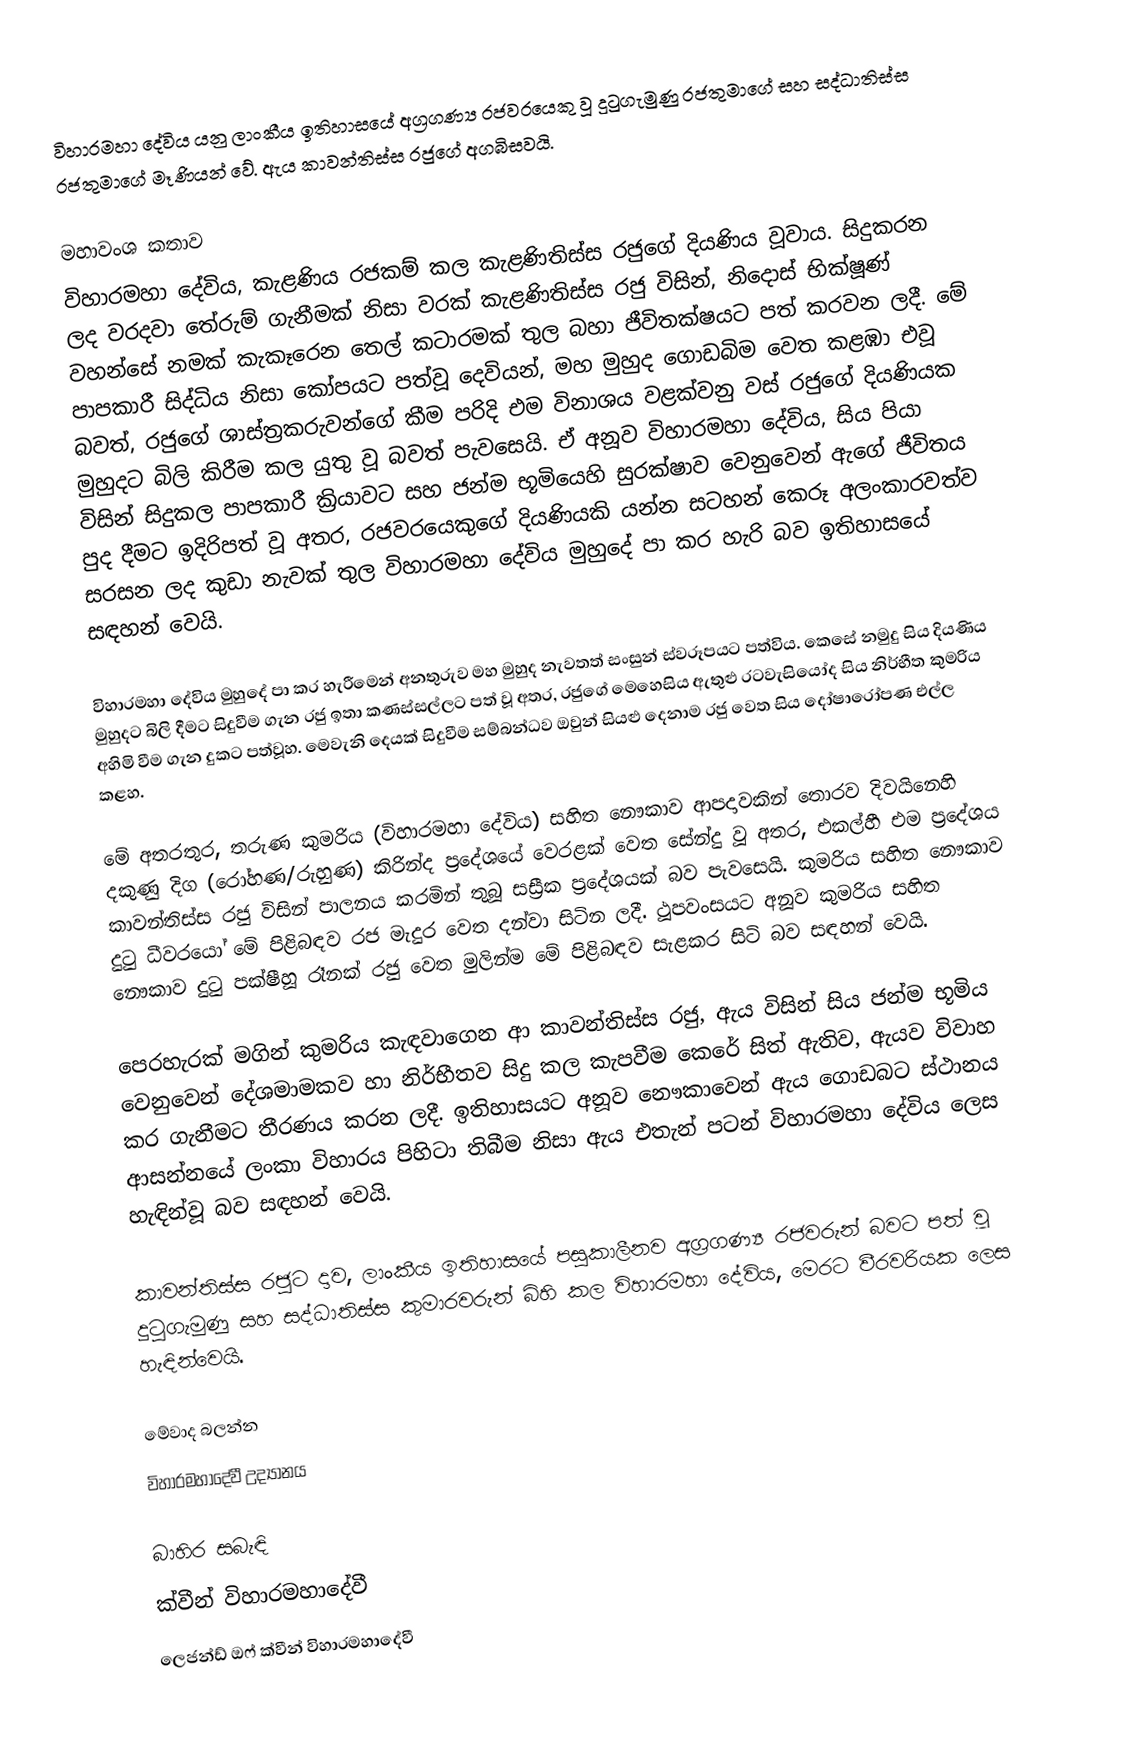
විහාරමහා දේවිය යනු ලාංකීය ඉතිහාසයේ අග්‍රගණ්‍ය රජවරයෙකු වූ දුටුගැමුණු රජතුමාගේ සහ සද්ධාතිස්ස රජතුමාගේ මෑණියන් වේ. ඇය කාවන්තිස්ස රජුගේ අගබිසවයි.

මහාවංශ කතාව
විහාරමහා දේවිය, කැළණිය රජකම් කල කැළණිතිස්ස රජුගේ දියණිය වූවාය. සිදුකරන ලද වරදවා තේරුම් ගැනීමක් නිසා වරක් කැළණිතිස්ස රජු විසින්, නිදොස් භික්ෂූණ් වහන්සේ නමක් කැකෑරෙන තෙල් කටාරමක් තුල බහා ජීවිතක්ෂයට පත් කරවන ලදී. මේ පාපකාරී සිද්ධිය නිසා කෝපයට පත්වූ දෙවියන්, මහ මුහුද ගොඩබිම වෙත කළඹා එවූ බවත්, රජුගේ ශාස්ත්‍රකරුවන්ගේ කීම පරිදි එම විනාශය වළක්වනු වස්  රජුගේ දියණියක මුහුදට බිලි කිරීම කල යුතු වූ බවත් පැවසෙයි. ඒ අනූව විහාරමහා දේවිය, සිය පියා විසින් සිදුකල පාපකාරී ක්‍රියාවට සහ ජන්ම භූමියෙහි සුරක්ෂාව වෙනුවෙන් ඇගේ ජීවිතය පුද දීමට ඉදිරිපත් වූ අතර, රජවරයෙකුගේ දියණියකි යන්න සටහන් කෙරූ අලංකාරවත්ව සරසන ලද කුඩා නැවක් තුල විහාරමහා දේවිය මුහුදේ පා කර හැරි බව ඉතිහාසයේ සඳහන් වෙයි.

විහාරමහා දේවිය මුහුදේ පා කර හැරීමෙන් අනතුරුව මහ මුහුද නැවතත් සංසුන් ස්වරූපයට පත්විය. කෙසේ නමුදු සිය දියණිය මුහුදට බිලි දීමට සිදුවීම ගැන රජු ඉතා කණස්සල්ලට පත් වූ අතර, රජුගේ මෙහෙසිය ඇතුළු රටවැසියෝද සිය නිර්භීත කුමරිය අහිමි වීම ගැන දුකට පත්වූහ. මෙවැනි දෙයක් සිදුවීම සම්බන්ධව ඔවුන් සියළු දෙනාම රජු වෙත සිය දෝෂාරෝපණ එල්ල කළහ.

මේ අතරතුර, තරුණ කුමරිය (විහාරමහා දේවිය) සහිත නෞකාව ආපදාවකින් තොරව දිවයිනෙහි දකුණු දිග (රෝහණ/රුහුණ) කිරින්ද ප්‍රදේශයේ වෙරළක් වෙත සේන්දු වූ අතර, එකල්හී එම ප්‍රදේශය කාවන්තිස්ස රජු විසින් පාලනය කරමින් තුබූ සස්‍රීක ප්‍රදේශයක් බව පැවසෙයි. කුමරිය සහිත නෞකාව දුටු ධීවරයෝ මේ පිළිබඳව රජ මැදුර වෙත දන්වා සිටින ලදී. ථූපවංසයට අනූව කුමරිය සහිත නෞකාව දුටු පක්ෂීහූ රෑනක් රජු වෙත මුලින්ම මේ පිළිබඳව සැළකර සිටි බව සඳහන් වෙයි.

පෙරහැරක් මගින් කුමරිය කැඳවාගෙන ආ කාවන්තිස්ස රජු, ඇය විසින් සිය ජන්ම භූමිය වෙනුවෙන් දේශමාමකව හා නිර්භීතව සිදු කල කැපවීම කෙරේ සිත් ඇතිව, ඇයව විවාහ කර ගැනීමට තීරණය කරන ලදී. ඉතිහාසයට අනූව නෞකාවෙන් ඇය ගොඩබට ස්ථානය ආසන්නයේ ලංකා විහාරය පිහිටා තිබීම නිසා ඇය එතැන් පටන් විහාරමහා දේවිය ලෙස හැඳින්වූ බව සඳහන් වෙයි.

කාවන්තිස්ස රජුට දාව, ලාංකීය ඉතිහාසයේ  පසුකාලීනව අග්‍රගණ්‍ය රජවරුන් බවට පත් වූ දුටුගැමුණු සහ සද්ධාතිස්ස කුමාරවරුන් බිහි කල විහාරමහා දේවිය, මෙරට වීරවරියක ලෙස හැඳින්වෙයි.

මේවාද බලන්න
විහාරමහාදේවී උද්‍යානය

බාහිර සබැඳි
ක්වීන් විහාරමහාදේවී
ලෙජන්ඩ් ඔෆ් ක්වීන් විහාරමහාදේවී